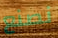
نصنع